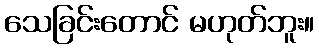
သေခြင်းတောင် မဟုတ်ဘူး။